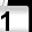
Digit: 1